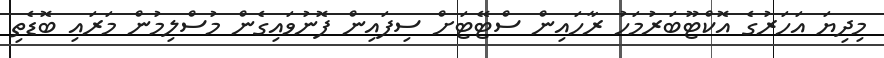
މިދިޔަ އަހަރުގެ އޮކްޓޫބަރުމަހު ރާހައިން ސްޓޭޓަށް ސިފައިން ފޮނުވައިގެން މުސްލިމުން މަރައި ބޮޑެތި